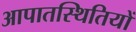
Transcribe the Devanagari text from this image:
आपातस्थितियों